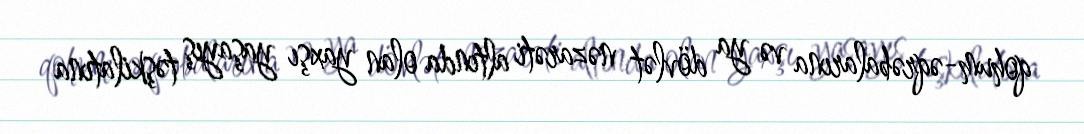
qohum-əqrəbalarına və ya dövlət nəzarəti altında olan yaxşı yaşayış təşkilatına